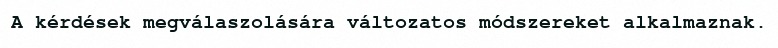
A kérdések megválaszolására változatos módszereket alkalmaznak.